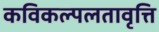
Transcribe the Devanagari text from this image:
कविकल्पलतावृत्ति